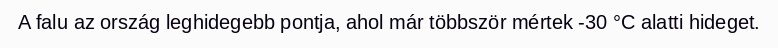
A falu az ország leghidegebb pontja, ahol már többször mértek -30 °C alatti hideget.